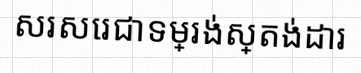
សរសេរជាទម្រង់ស្តង់ដារ